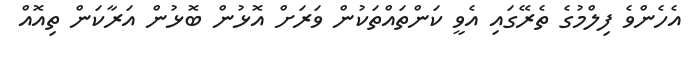
އެހެންވެ ފިލްމުގެ ތެރޭގައި އެވީ ކަންތައްތަކުން ވަރަށް އޮޅުން ބޮޅުން އަރާކަން ތިއޮއް